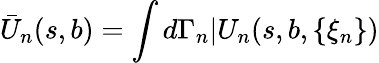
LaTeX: \bar{U}_{n}(s,b)=\int d\Gamma_{n}|U_{n}(s,b,\{ \xi_{n}\} )